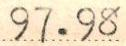
97.98